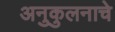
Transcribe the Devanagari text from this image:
अनुकुलनाचे